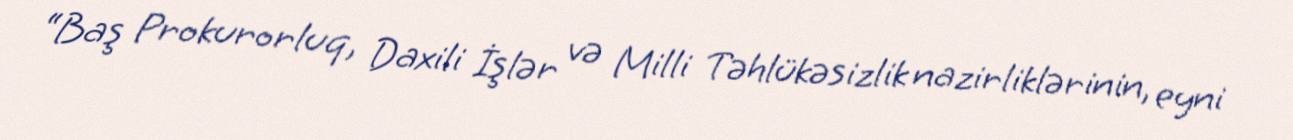
“Baş Prokurorluq, Daxili İşlər və Milli Təhlükəsizlik nazirliklərinin, eyni